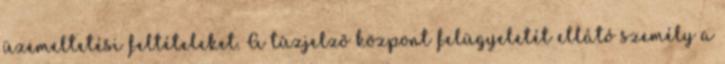
üzemeltetési feltételeket. A tûzjelzõ központ felügyeletét ellátó személy a